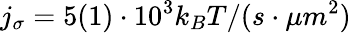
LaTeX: j_{\sigma}=5(1)\cdot 10^{3}k_{B}T/(s\cdot\mu m^{2})